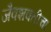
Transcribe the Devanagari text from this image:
जैवशक्तीचा